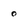
Character: 0